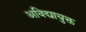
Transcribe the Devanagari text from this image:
अविद्यायुक्त